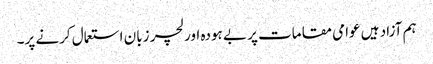
ہم آزاد ہیں عوامی مقامات پر بے ہودہ اور لچر زبان استعمال کرنے پر۔